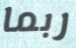
ربما